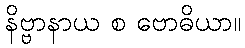
နိဗ္ဗာနာယ စ ဗောဓိယာ။